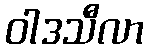
ဝါဒသီလာ